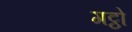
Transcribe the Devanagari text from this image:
गट्ठो